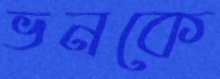
ভনকে